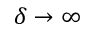
\delta \to \infty